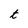
Character: t